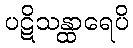
ပဋိသန္ထာရေပိ